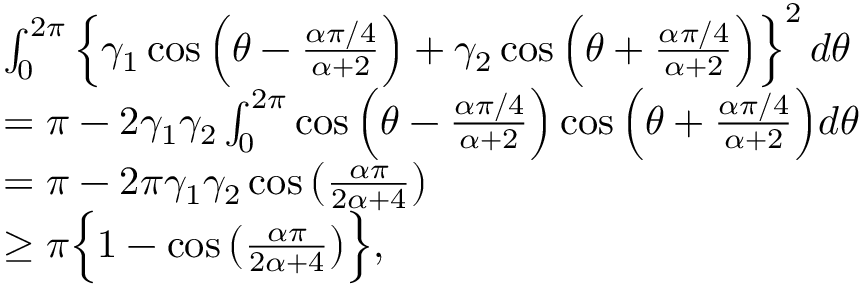
\begin{array} { r l } & { \int _ { 0 } ^ { 2 \pi } \left\{ \gamma _ { 1 } \cos \Big ( \theta - \frac { \alpha \pi / 4 } { \alpha + 2 } \Big ) + \gamma _ { 2 } \cos \Big ( \theta + \frac { \alpha \pi / 4 } { \alpha + 2 } \Big ) \right\} ^ { 2 } d \theta } \\ & { = \pi - 2 \gamma _ { 1 } \gamma _ { 2 } \int _ { 0 } ^ { 2 \pi } \cos \Big ( \theta - \frac { \alpha \pi / 4 } { \alpha + 2 } \Big ) \cos \Big ( \theta + \frac { \alpha \pi / 4 } { \alpha + 2 } \Big ) d \theta } \\ & { = \pi - 2 \pi \gamma _ { 1 } \gamma _ { 2 } \cos \big ( \frac { \alpha \pi } { 2 \alpha + 4 } \big ) } \\ & { \geq \pi \Big \{ 1 - \cos \big ( \frac { \alpha \pi } { 2 \alpha + 4 } \big ) \Big \} , } \end{array}